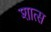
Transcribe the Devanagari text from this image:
शात्स